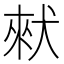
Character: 猌